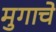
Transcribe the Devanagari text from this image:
मुगाचे